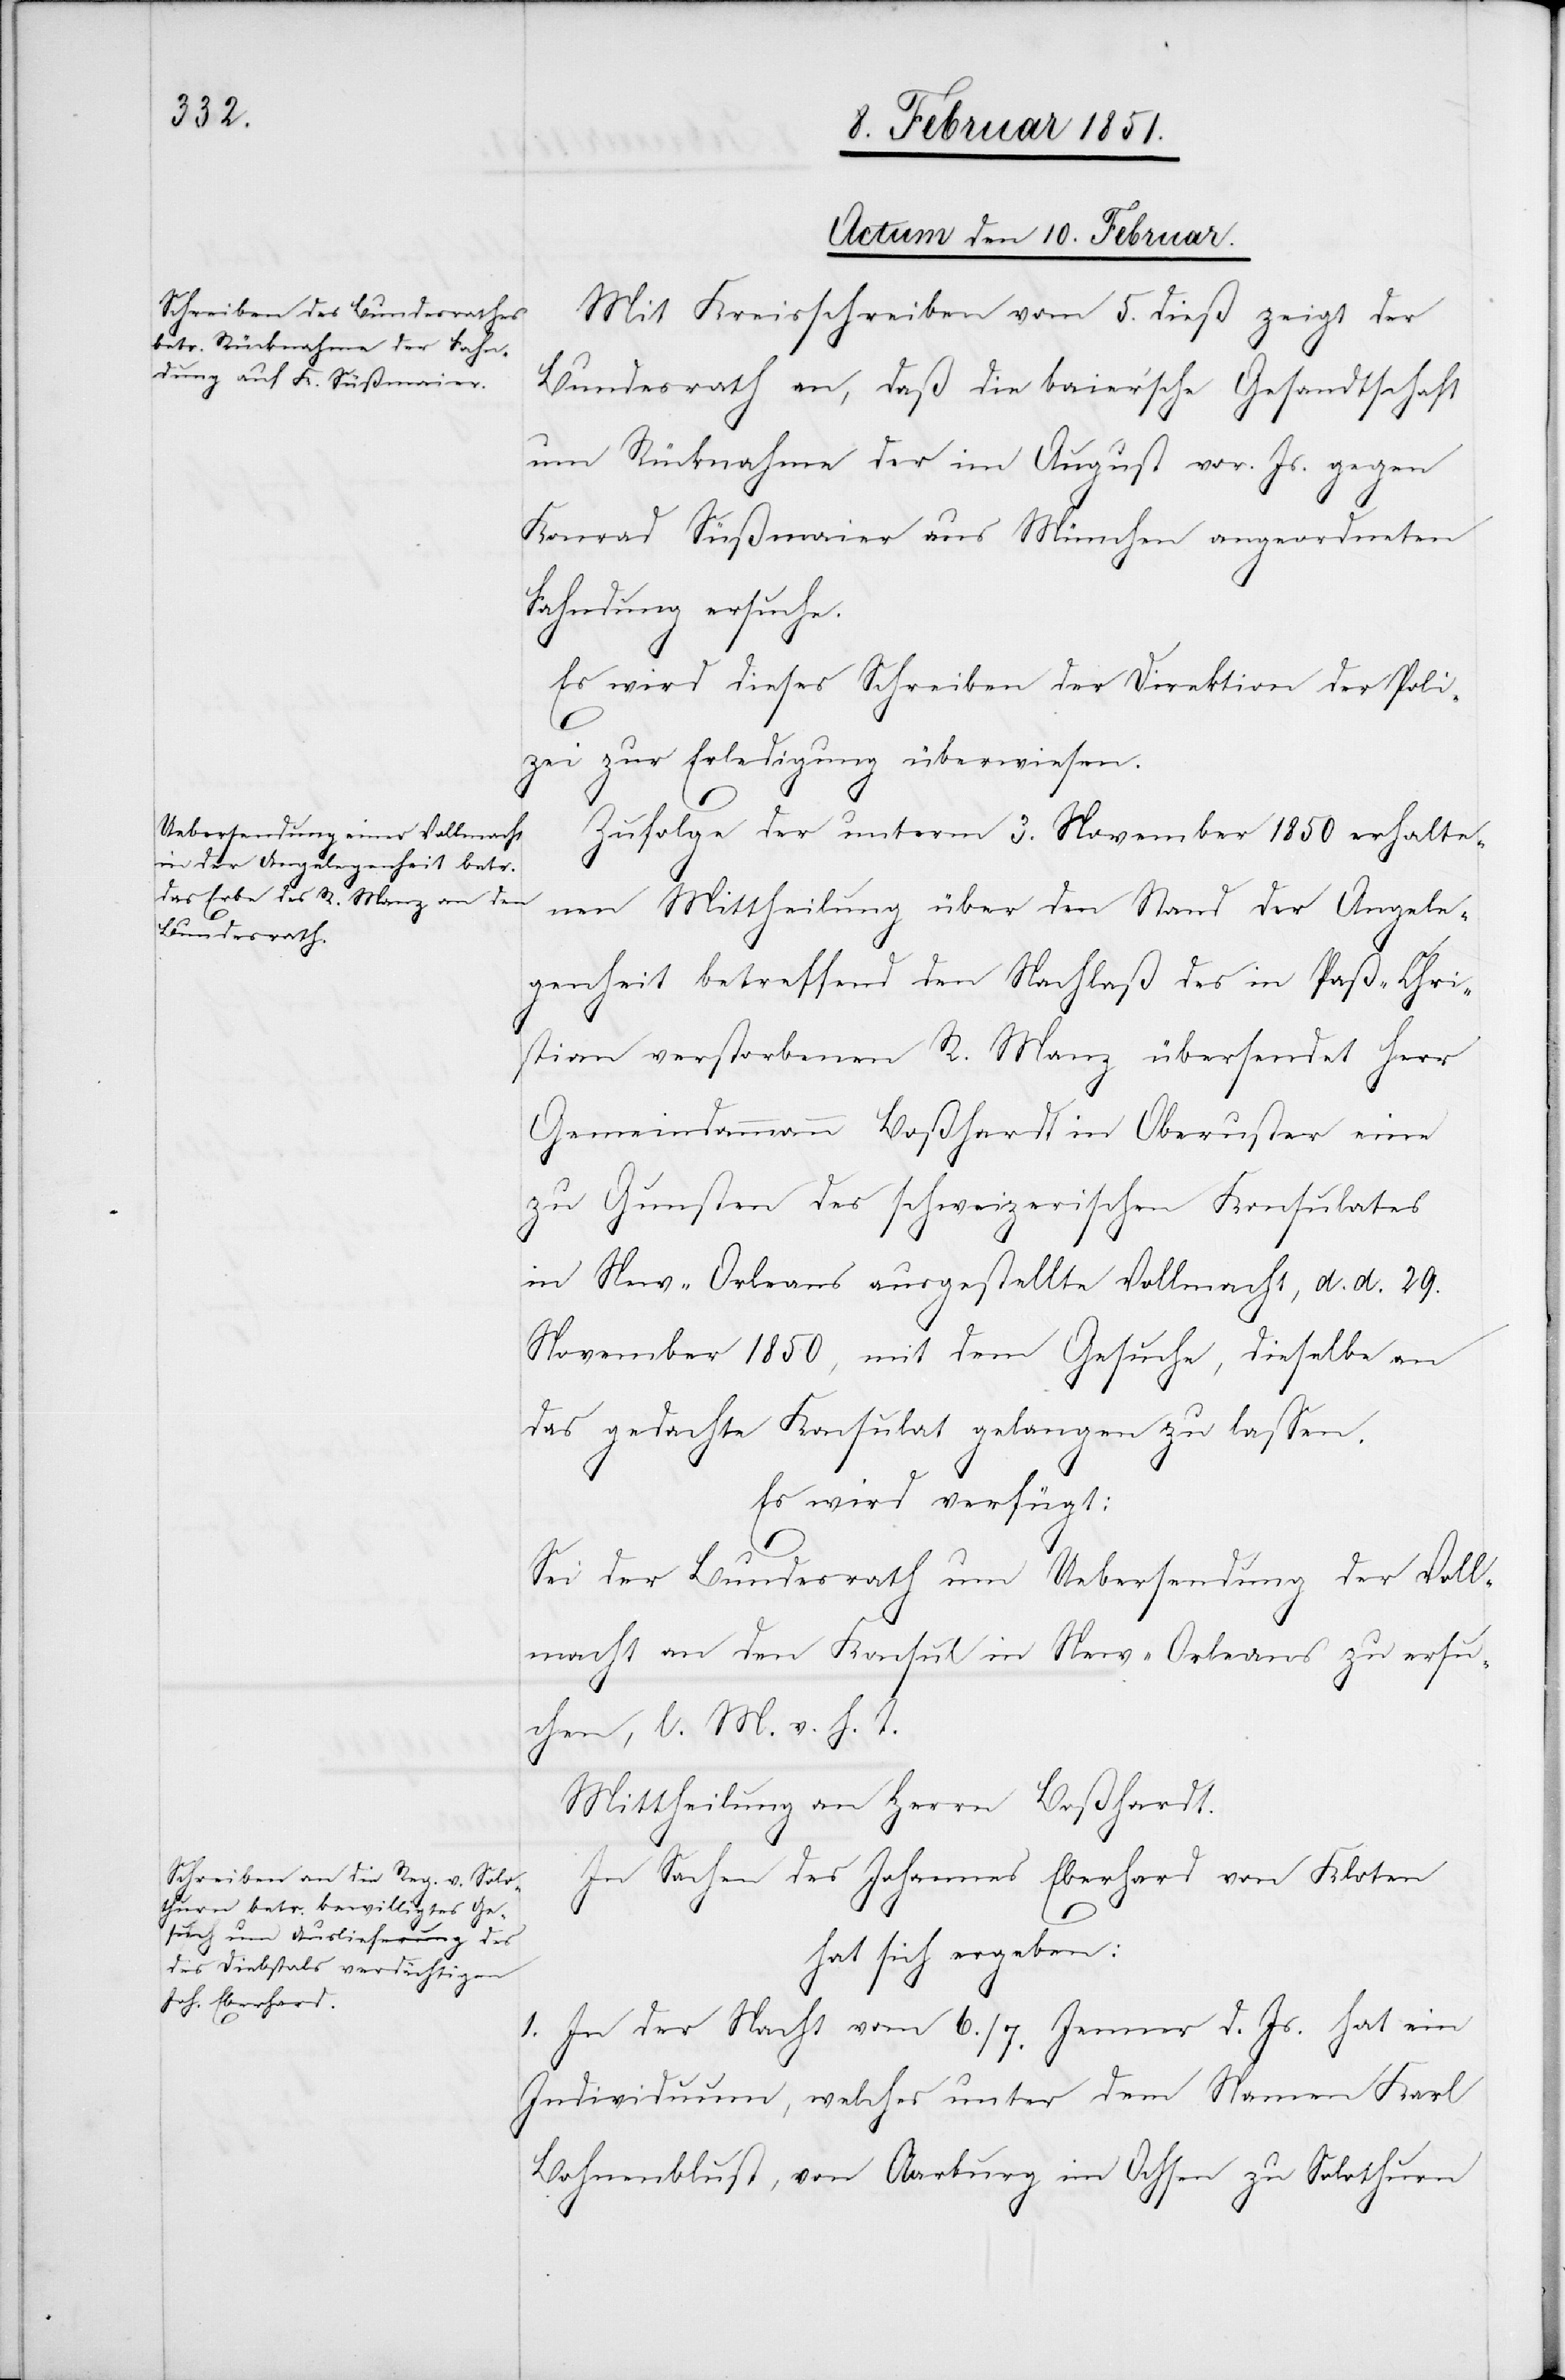
Actum den 10. Februar.]
Mit Kreisschreiben vom 5. dieß zeigt der
Bundesrath an, daß die baier’sche Gesandtschaft
um Rücknahme der im August vor. Js. gegen
Konrad Süßmaier aus München angeordneten
Fahndung ersuche.
Es wird dieses Schreiben der Direktion der Poli¬
zei zur Erledigung überwiesen.
Zufolge der unterm 3. November 1850 erhalte¬
nen Mittheilung über den Stand der Angele¬
genheit betreffend den Nachlaß des in Paß-Chri¬
stian verstorbenen R. Manz übersendet Herr
Gemeindammann Boßhardt in Oberuster eine
zu Gunsten des schweizerischen Konsulates
in New-Orleans ausgestellte Vollmacht, d. d. 29.
November 1850, mit dem Gesuche, dieselbe an
das gedachte Konsulat gelangen zu lassen.
Es wird verfügt:
Sei der Bundesrath um Uebersendung der Voll¬
macht an den Konsul in New-Orleans zu ersu¬
chen, l. M. v. h. T.
Mittheilung an Herrn Boßhardt.
In Sachen des Johannes Eberhard von Kloten
hat sich ergeben:
1. In der Nacht vom 6./7. Jenner d. Js. hat ein
Individuum, welches unter dem Namen Karl
Bohnenblust, von Aarburg im Ochsen zu Solothurn